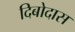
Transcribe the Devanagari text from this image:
दिबोदास